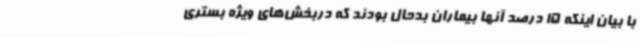
با بیان اینکه 15 درصد آنها بیماران بدحال بودند که دربخش‌های ویژه بستری